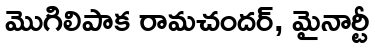
మొగిలిపాక రామచందర్, మైనార్టీ